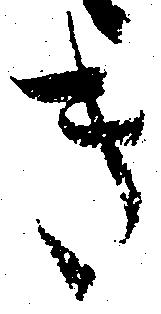
き